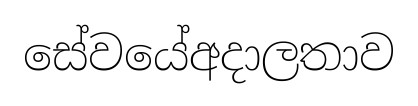
සේවයේඅදාලතාව